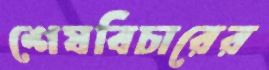
শেষবিচারের